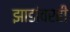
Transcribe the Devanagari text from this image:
झाडांवरही